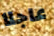
عاجلا